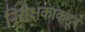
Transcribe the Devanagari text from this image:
निरीक्षकांकडून